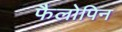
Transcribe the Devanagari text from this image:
फैलोपिन